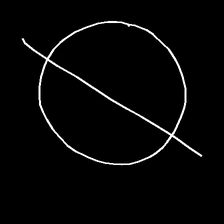
Glyph: orb